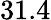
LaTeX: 31.4